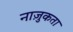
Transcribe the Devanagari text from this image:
नाज़ुकता